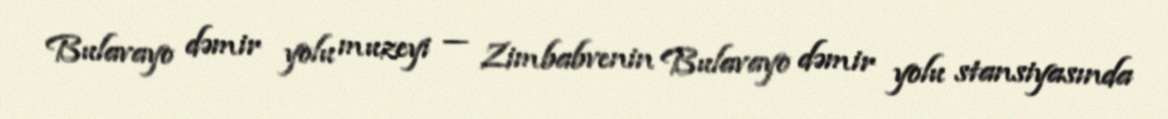
Bulavayo dəmir yolu muzeyi — Zimbabvenin Bulavayo dəmir yolu stansiyasında